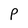
Character: P